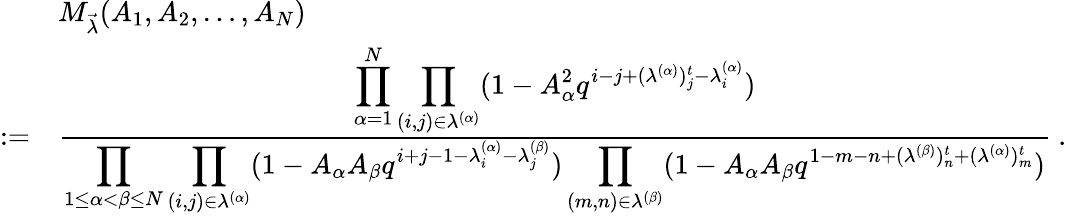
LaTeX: \begin{array}{rl}&{M_{\vec{\lambda}}(A_{1},A_{2},\dots,A_{N})}\\ {:=}&{\frac{\displaystyle\prod_{\alpha=1}^{N}\prod_{(i,j)\in\lambda^{(\alpha)}}(1-A_{\alpha}^{2}q^{i-j+(\lambda^{(\alpha)})_{j}^{t}-\lambda_{i}^{(\alpha)}})}{\displaystyle\prod_{1\le\alpha<\beta\le N}\prod_{(i,j)\in\lambda^{(\alpha)}}(1-A_{\alpha}A_{\beta}q^{i+j-1-\lambda_{i}^{(\alpha)}-\lambda_{j}^{(\beta)}})\prod_{(m,n)\in\lambda^{(\beta)}}(1-A_{\alpha}A_{\beta}q^{1-m-n+(\lambda^{(\beta)})_{n}^{t}+(\lambda^{(\alpha)})_{m}^{t}})}~.}\end{array}